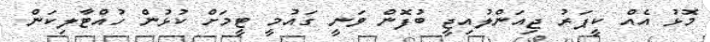
މޮޅު އެއް ކީޕަރު ޖިއަންލުއިޖީ ބުފޮން ވަނީ ގައުމީ ޓީމަށް ކުޅުން ހުއްޓާލިކަން